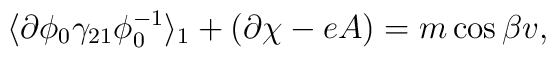
\langle \partial\phi_0 \gamma_{21} \phi_{0}^{-1} \rangle_1 +(\partial\chi - eA) = m\cos{\beta} v ,